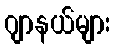
ဂျာနယ်များ